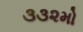
૩૩૨મો